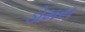
ડોમસ